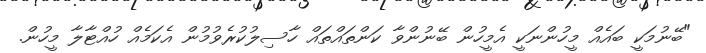
"ބޭނުމަކީ ބައެއް މީހުންނަކީ އެމީހުން ބޭނުންވާ ކަންތައްތައް ހާސިލުކުރެވުމުން އެކަމެއް ހުއްޓާލާ މީހުން.